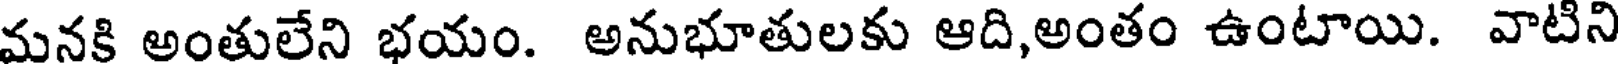
మనకి అంతులేని భయం. అనుభూతులకు ఆది,అంతం ఉంటాయి. వాటిని